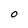
Character: 0